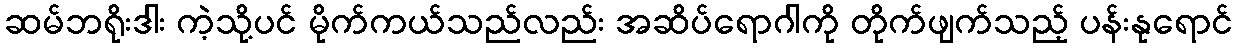
ဆမ်ဘရိုးဒါး ကဲ့သို့ပင် မိုက်ကယ်သည်လည်း အဆိပ်ရောဂါကို တိုက်ဖျက်သည့် ပန်းနုရောင်